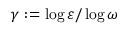
\gamma : = \log \varepsilon / \log \omega